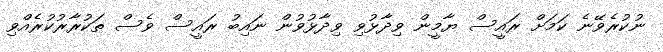
ނުކުރެވޭނެ ކަމަށް ރައީސް ޔާމީން ވިދާޅުވި ވިދާޅުވުން ނައިބު ރައީސް ވެސް ތަކުރާރުކުރެއްވި